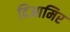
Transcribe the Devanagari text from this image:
दिआमिर